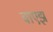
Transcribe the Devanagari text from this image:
वाएझ